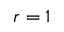
r = 1